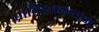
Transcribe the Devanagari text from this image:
प्रातिशाख्यम्